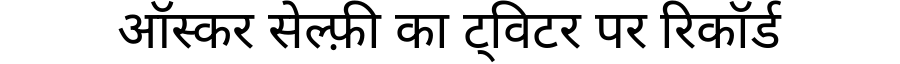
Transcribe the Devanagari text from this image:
ऑस्कर सेल्फ़ी का ट्विटर पर रिकॉर्ड